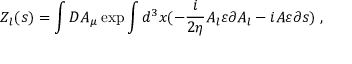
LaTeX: Z _ { l } ( s ) = \int { \cal D } A _ { \mu } \exp \int d ^ { 3 } x ( - \frac i { 2 \eta } A _ { l } \varepsilon \partial A _ { l } - i A \varepsilon \partial s ) \; ,